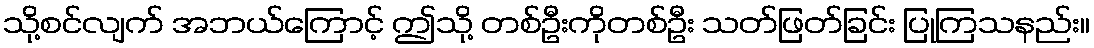
သို့စင်လျက် အဘယ်ကြောင့် ဤသို့ တစ်ဦးကိုတစ်ဦး သတ်ဖြတ်ခြင်း ပြုကြသနည်း။